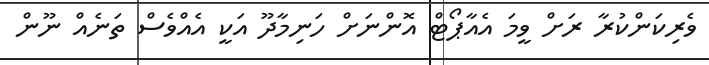
ވެރިކަންކުރާ ރަށް ވީމަ އެއާޕޯޓް އޮންނަށް ހަނިމާދޫ އަކީ އެއްވެސް ތަނެއް ނޫން